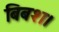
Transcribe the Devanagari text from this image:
बिबश।